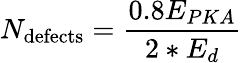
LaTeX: N_{\mathrm{defects}}=\frac{0.8E_{PKA}}{2*E_{d}}